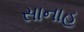
સાનાહ